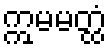
ဣမမတ္ထံ